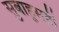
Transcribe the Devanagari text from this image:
सुबाहूसही